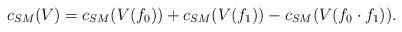
LaTeX: \begin{align*}c_{SM}(V)= c_{SM}(V(f_0))+c_{SM}(V(f_1))-c_{SM}(V(f_0\cdot f_1)).\end{align*}